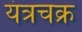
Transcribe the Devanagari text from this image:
यंत्रचक्र